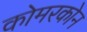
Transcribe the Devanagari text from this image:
कोमरकोन